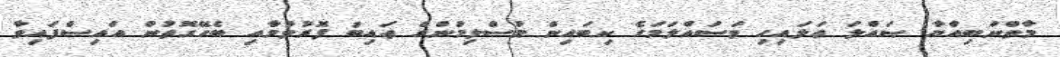
މާތްނަބިއްޔާ ޞައްލަ ޢަލައިހި ވަސައްލަަމަގެ ކިބައިން މުސްލިމުންގެ ޢައިބު ފޮރުވުމާއި ބެހޭގޮތުން އައިސްފައިވާ